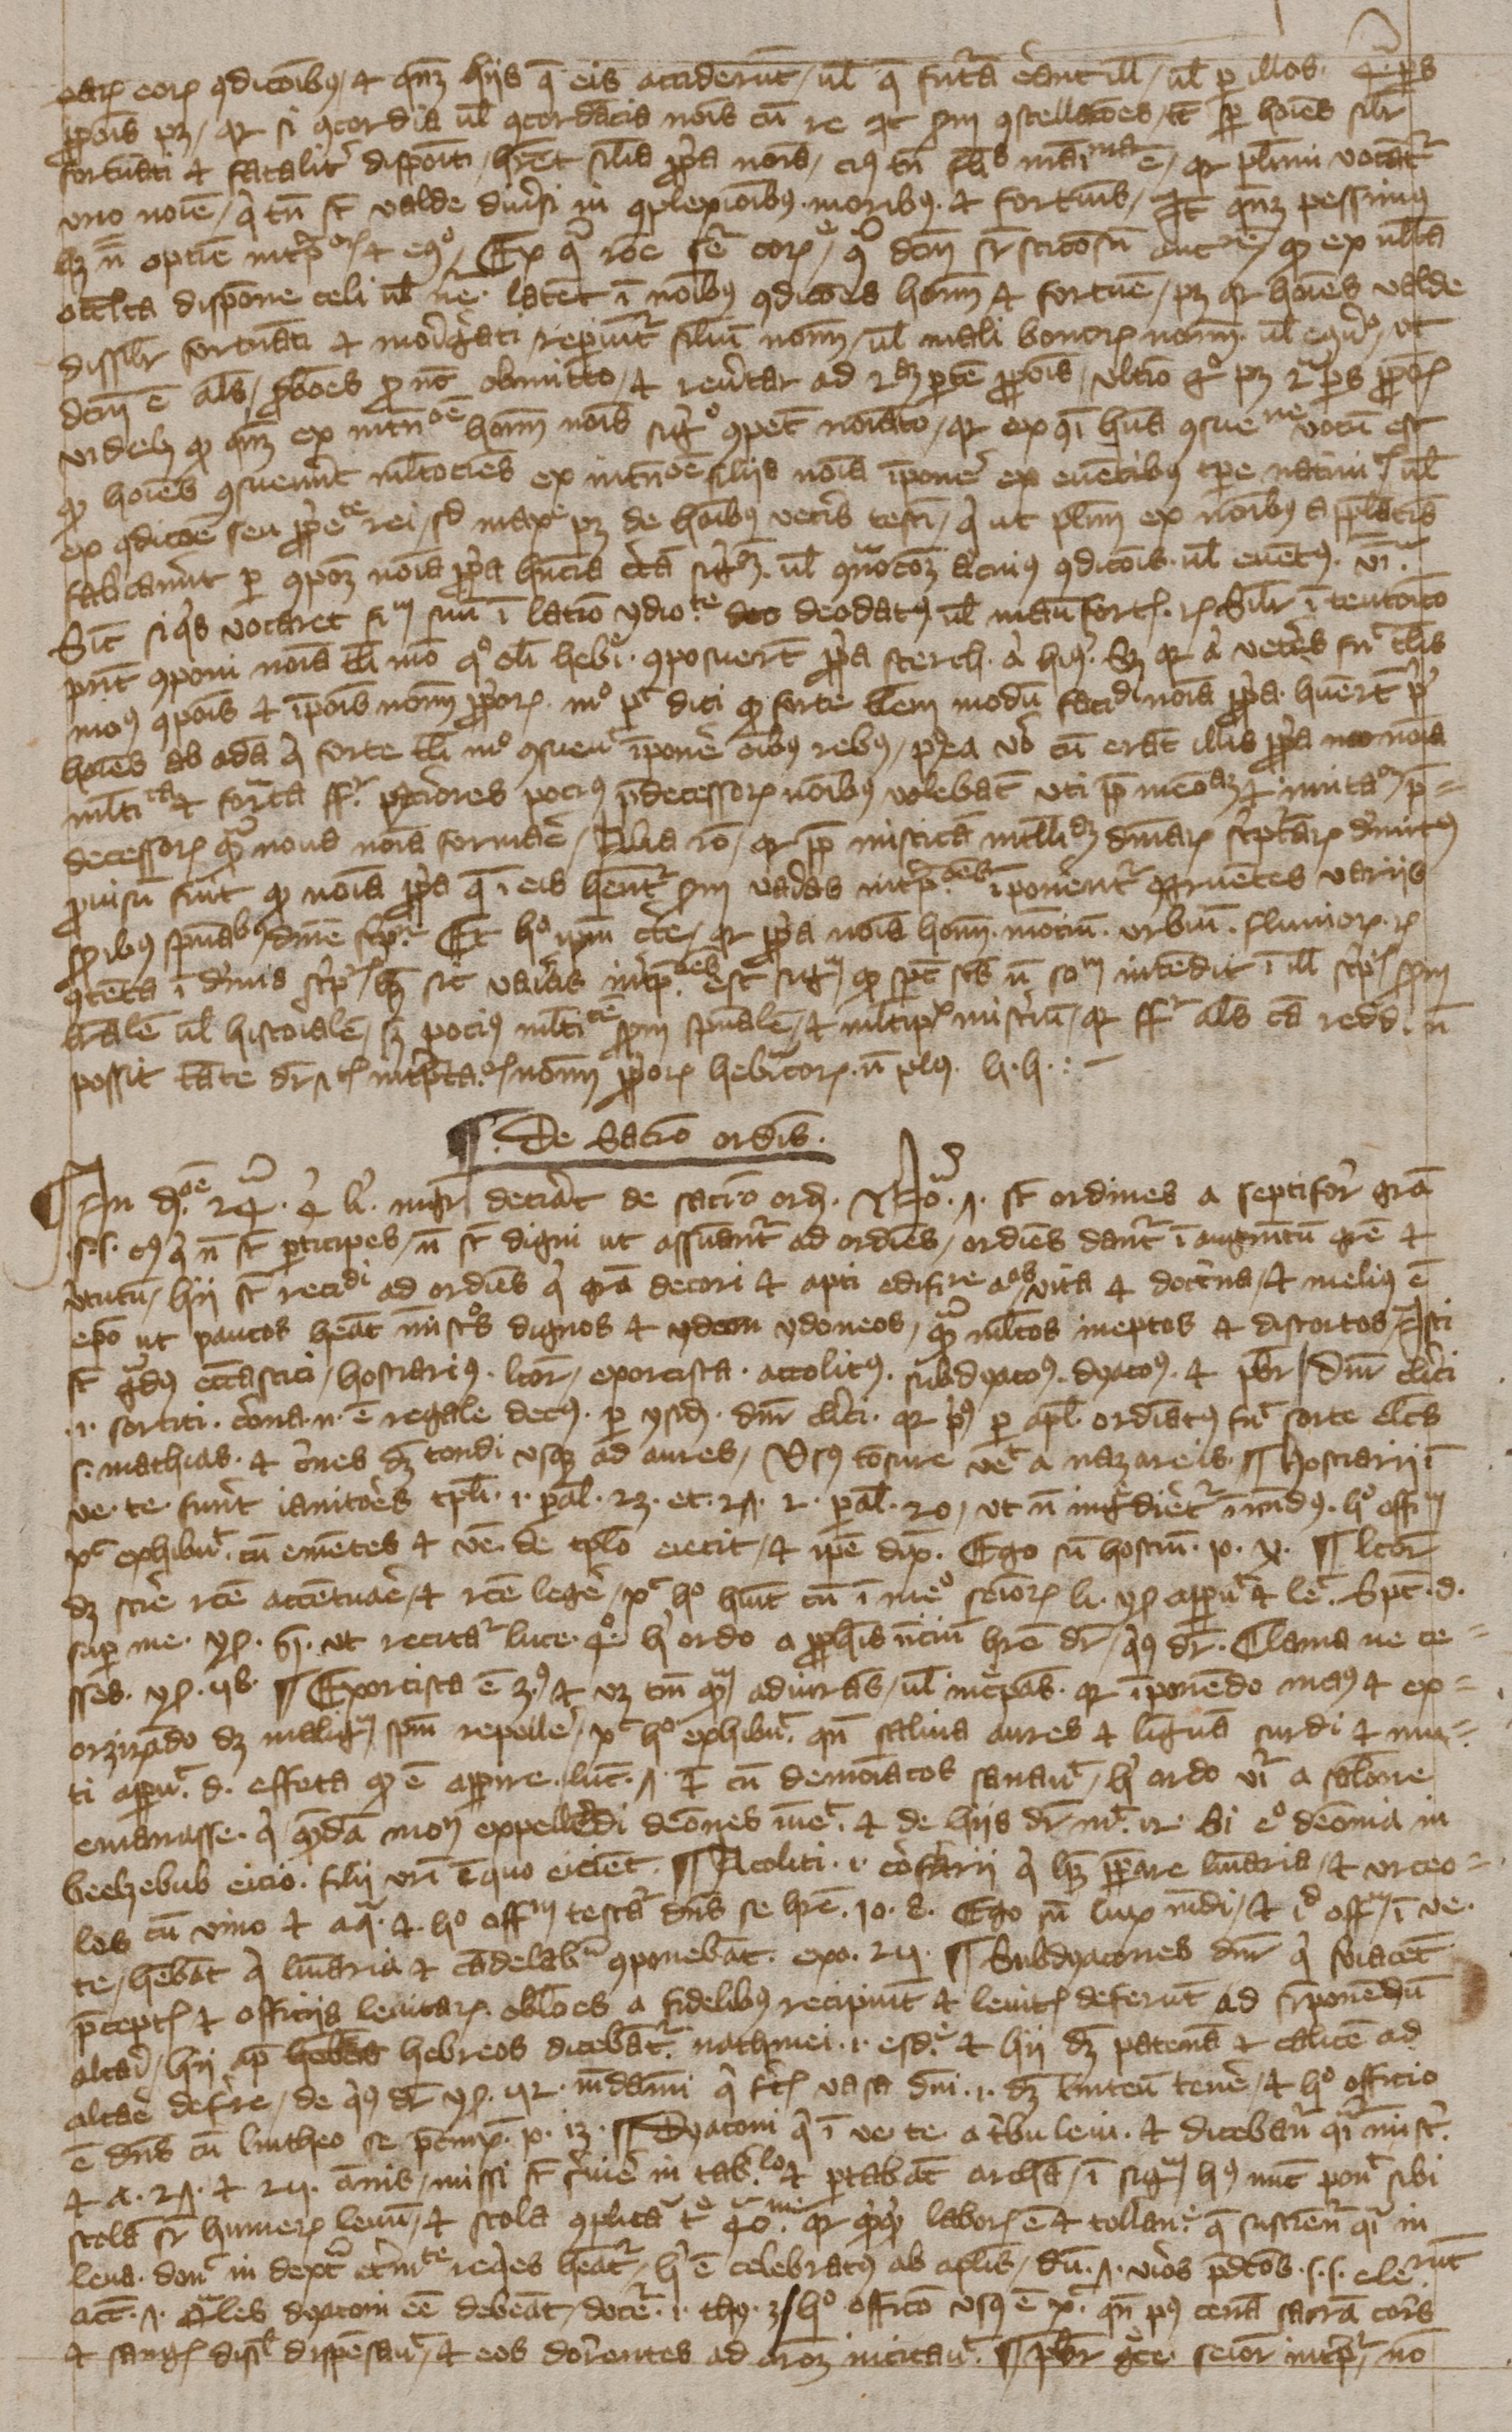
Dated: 1394–1397